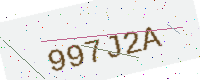
Text: 997J2A